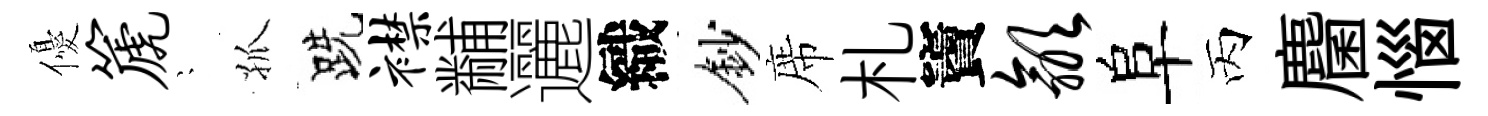
優篪隠孤跣襟黼邐織鈔席札竇歙阜丙麕惱